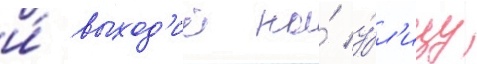
и́ выход'ит на́ у́л'ицу